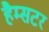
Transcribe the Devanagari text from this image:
हैम्सटर